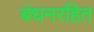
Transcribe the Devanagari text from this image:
बंधनरहित